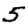
Digit: 5